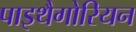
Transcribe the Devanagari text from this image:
पाइथैगोरियन